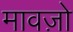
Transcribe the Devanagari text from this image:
मावज़ो